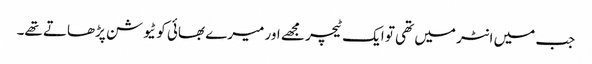
جب میں انٹر میں تھی تو ایک ٹیچر مجھے اور میرے بھائی کو ٹیوشن پڑھاتے تھے۔